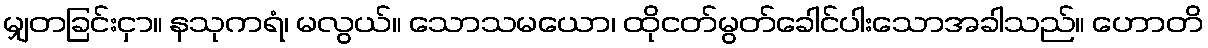
မျှတခြင်းငှာ။ နသုကရံ၊ မလွယ်။ သောသမယော၊ ထိုငတ်မွတ်ခေါင်ပါးသောအခါသည်။ ဟောတိ